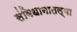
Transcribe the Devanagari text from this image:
संविधानातल्या